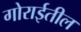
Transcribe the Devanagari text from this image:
गोराईतील